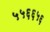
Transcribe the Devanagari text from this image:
५५६६५६